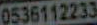
0536112233